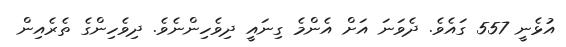
އުޅެނީ 557 ގައެވެ. ދެވަނަ އަށް އެންމެ ގިނައީ ދިވެހިންނެވެ. ދިވެހިންގެ ތެރެއިން